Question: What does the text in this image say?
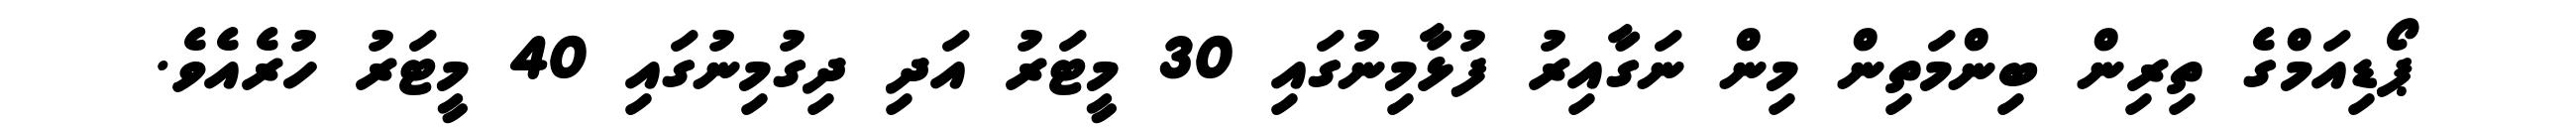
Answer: ޕޯޑިއަމްގެ ތިރިން ބިންމަތިން މިން ނަގާއިރު ފުޅާމިނުގައި 30 މީޓަރު އަދި ދިގުމިނުގައި 40 މީޓަރު ހުރެއެވެ.